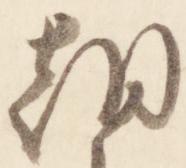
朝